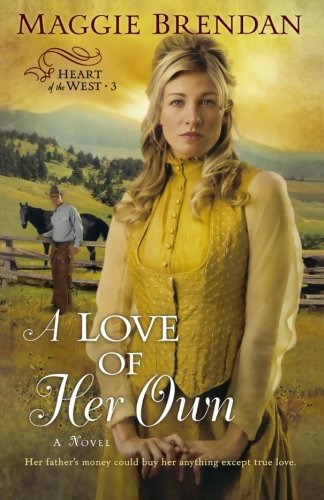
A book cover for A Love of Her Own (Heart of the West -3); Maggie Brendan; Romance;